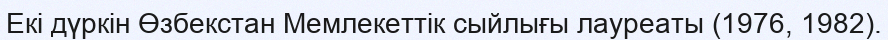
Екі дүркін Өзбекстан Мемлекеттік сыйлығы лауреаты (1976, 1982).